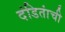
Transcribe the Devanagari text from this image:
दंडितांची